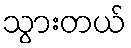
သွားတယ်